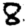
Digit: 8